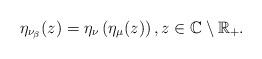
LaTeX: \begin{align*}\eta_{\nu_{\beta}}(z)=\eta_{\nu}\left(\eta_{\mu}(z)\right),z\in\mathbb{C}\setminus\mathbb{R}_{+}.\end{align*}